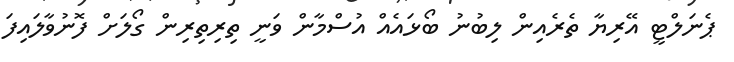
ޕެނަލްޓީ އޭރިޔާ ތެރެއިން ލިބުނު ބޯޅައެއް އުސްމާން ވަނީ ތިރިތިރިން ގޯލަށް ފޮނުވާލައިފަ